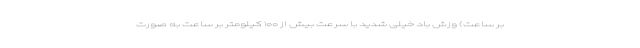
بر ساعت) وزش باد خیلی شدید با سرعت بیش از ۱۰۰ کیلومتر بر ساعت به صورت